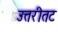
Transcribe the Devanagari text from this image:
उत्तरीतट